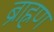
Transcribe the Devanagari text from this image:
ब्राह्रण